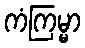
ကံကြမ္မာ